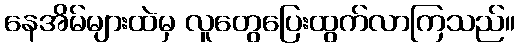
နေအိမ်များထဲမှ လူတွေပြေးထွက်လာကြသည်။